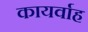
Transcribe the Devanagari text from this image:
कायर्वाह